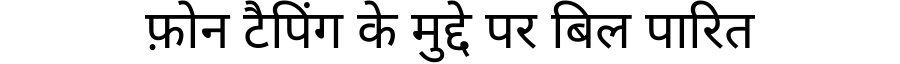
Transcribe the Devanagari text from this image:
फ़ोन टैपिंग के मुद्दे पर बिल पारित